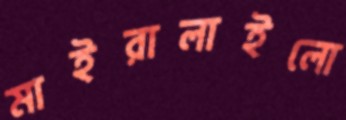
মাইরালাইলো